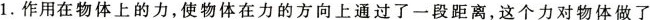
1.作用在物体上的力，使物体在力的方向上通过了一段距离，这个力对物体做了